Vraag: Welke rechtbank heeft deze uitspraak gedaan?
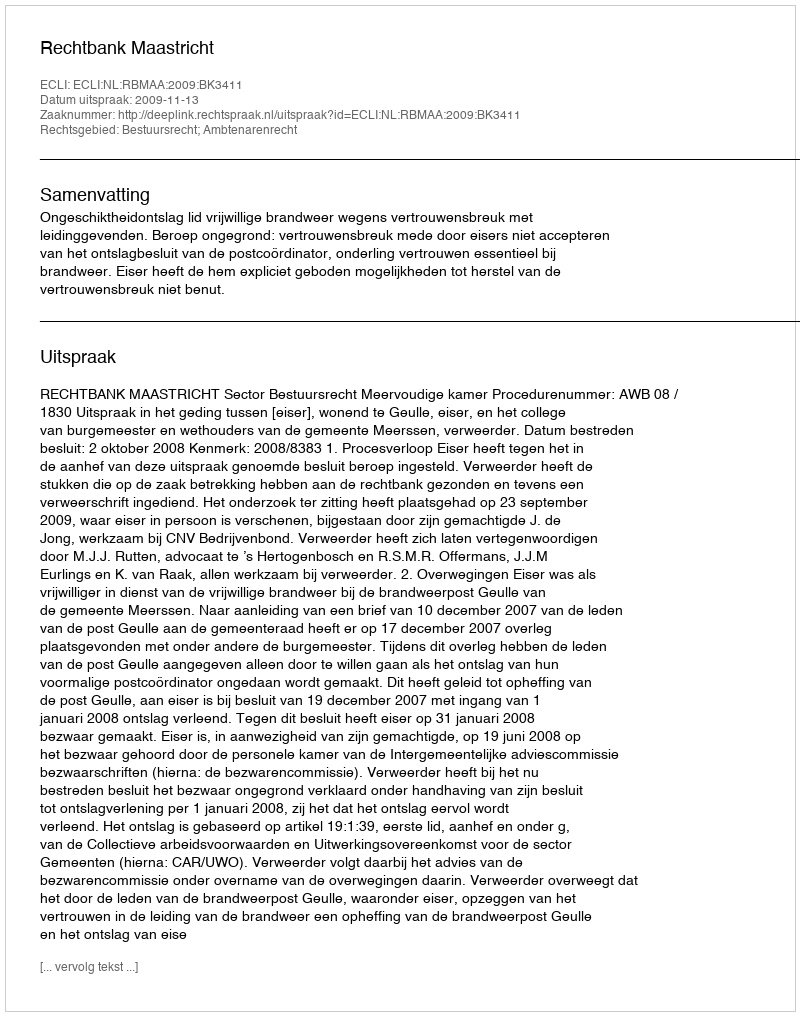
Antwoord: Rechtbank Maastricht